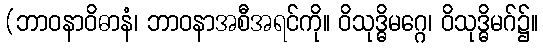
(ဘာဝနာဝိဓာနံ၊ ဘာဝနာအစီအရင်ကို။ ဝိသုဒ္ဓိမဂ္ဂေ၊ ဝိသုဒ္ဓိမဂ်၌။